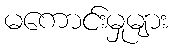
မကောင်းမှုများ